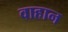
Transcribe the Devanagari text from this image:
वाहान